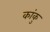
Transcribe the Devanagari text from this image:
कांकु